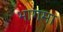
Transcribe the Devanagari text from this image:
भागमा